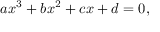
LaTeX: a x ^ { 3 } + b x ^ { 2 } + c x + d = 0 ,